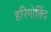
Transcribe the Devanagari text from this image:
हरिगोविंद